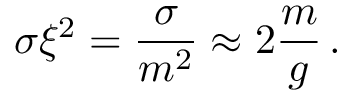
\sigma \xi ^ { 2 } = \frac { \sigma } { m ^ { 2 } } \approx 2 \frac { m } { g } \, .